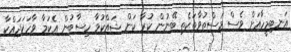
އަނބިމީހާއަށް ވެސް މަސްތުވާތަކެތި ބޭނުން ކުރާ ކަން ޝައްކުވާ ހިސާބުން އެކަމާ ވާހަކަދައްކާ